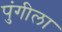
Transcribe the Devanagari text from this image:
पुंगीला